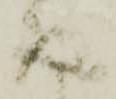
成